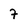
Character: 7